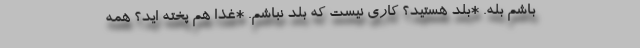
باشم بله. *بلد هستید؟ کاری نیست که بلد نباشم. *غذا هم پخته اید؟ همه